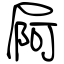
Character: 屙